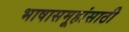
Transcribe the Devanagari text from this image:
भाषासमूहांसाठी